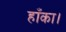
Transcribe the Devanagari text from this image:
हाँका।